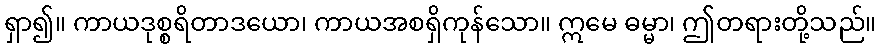
ရှာ၍။ ကာယဒုစ္စရိတာဒယော၊ ကာယအစရှိကုန်သော။ ဣမေ ဓမ္မာ၊ ဤတရားတို့သည်။